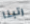
رتبنا